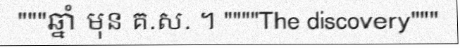
"""ឆ្នាំ មុន គ.ស. ។ """"The discovery"""